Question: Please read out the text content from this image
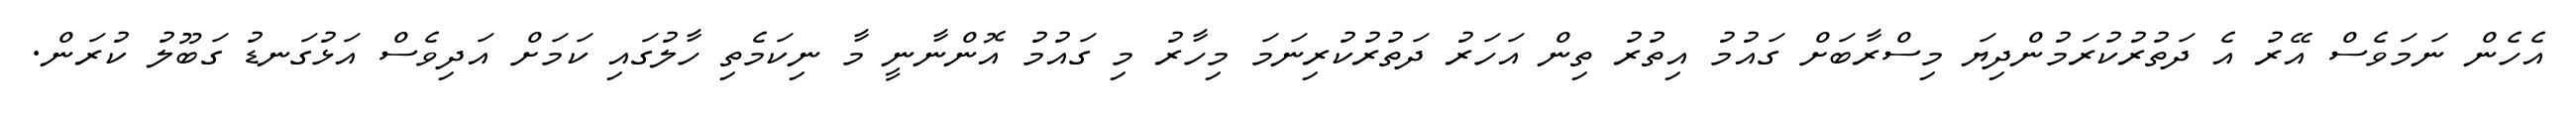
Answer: އެހެން ނަމަވެސް އޭރު އެ ދަތުރުކުރަމުންދިޔަ މިސްރާބަށް ގައުމު އިތުރު ތިން އަހަރު ދަތުރުކުރިނަމަ މިހާރު މި ގައުމު އޮންނާނީ މާ ނިކަމެތި ހާލުގައި ކަމަށް އަދިވެސް އަޅުގަނޑު ގަބޫލު ކުރަން.